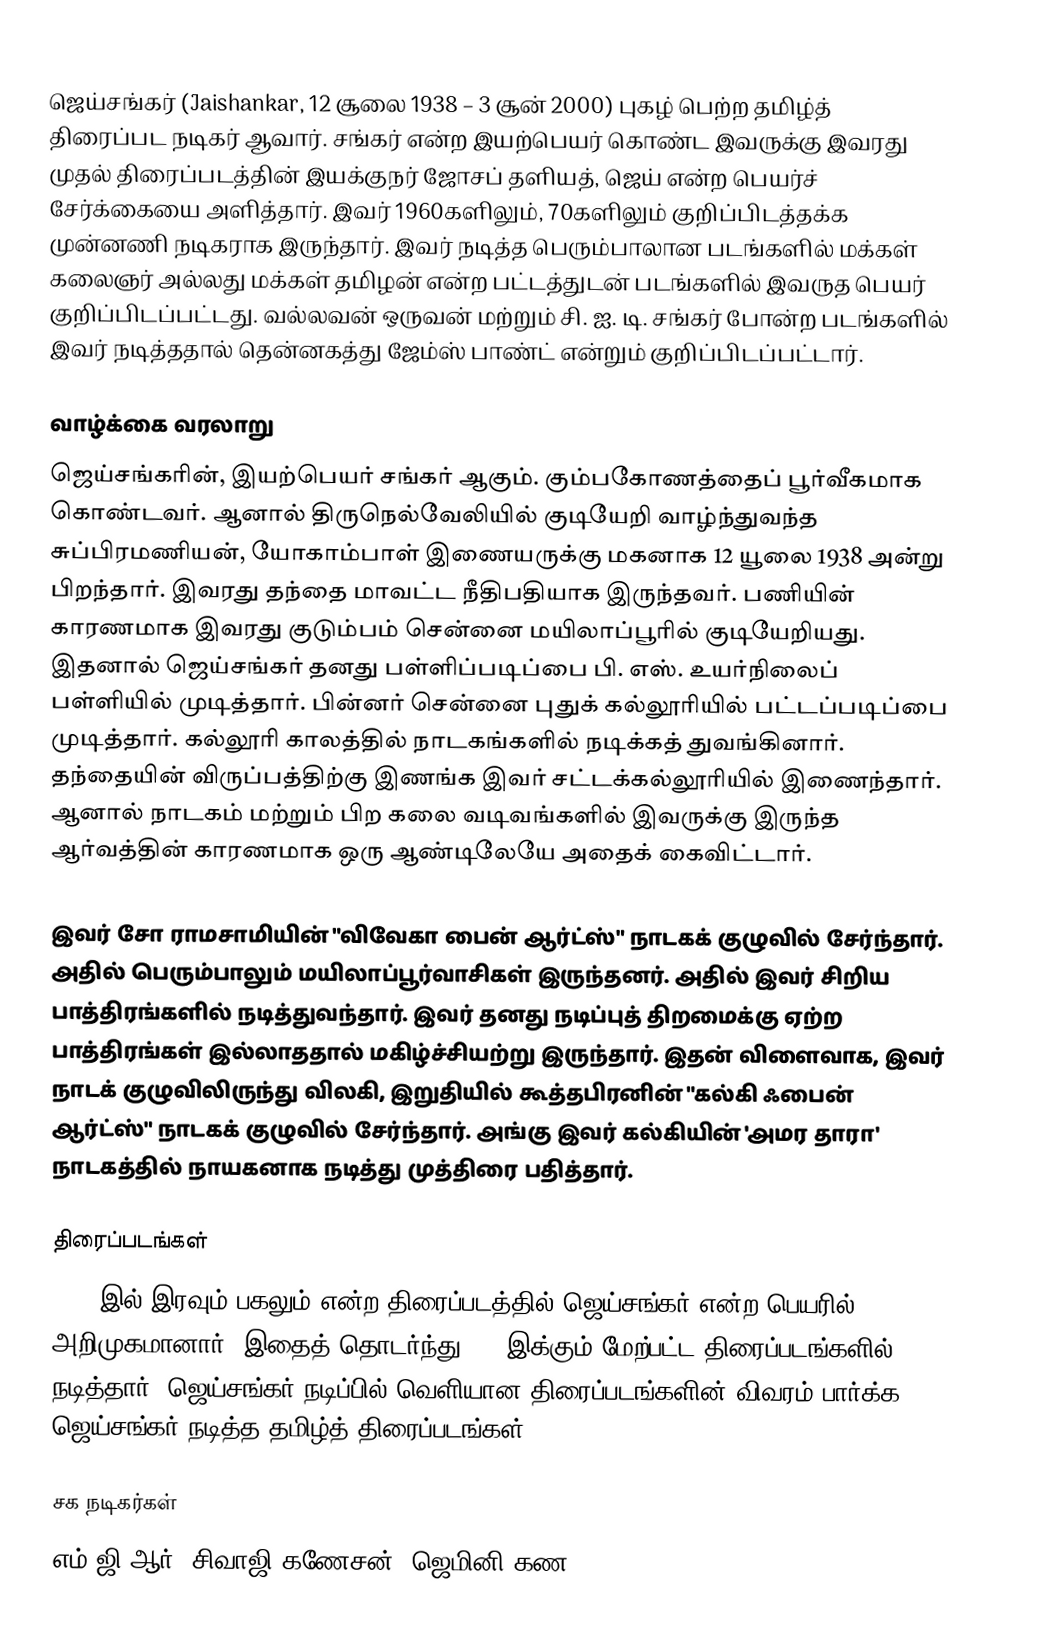
ஜெய்சங்கர் (Jaishankar, 12 சூலை 1938 – 3 சூன் 2000) புகழ் பெற்ற தமிழ்த் திரைப்பட நடிகர் ஆவார். சங்கர் என்ற இயற்பெயர் கொண்ட இவருக்கு இவரது முதல் திரைப்படத்தின் இயக்குநர் ஜோசப் தளியத், ஜெய் என்ற பெயர்ச் சேர்க்கையை அளித்தார். இவர் 1960களிலும், 70களிலும் குறிப்பிடத்தக்க முன்னணி நடிகராக இருந்தார். இவர் நடித்த பெரும்பாலான படங்களில் மக்கள் கலைஞர் அல்லது மக்கள் தமிழன் என்ற பட்டத்துடன் படங்களில் இவருத பெயர் குறிப்பிடப்பட்டது. வல்லவன் ஒருவன் மற்றும் சி. ஐ. டி. சங்கர் போன்ற படங்களில் இவர் நடித்ததால் தென்னகத்து ஜேம்ஸ் பாண்ட் என்றும் குறிப்பிடப்பட்டார்.

வாழ்க்கை வரலாறு
ஜெய்சங்கரின், இயற்பெயர் சங்கர் ஆகும். கும்பகோணத்தைப் பூர்வீகமாக கொண்டவர். ஆனால் திருநெல்வேலியில் குடியேறி வாழ்ந்துவந்த சுப்பிரமணியன், யோகாம்பாள் இணையருக்கு மகனாக  12 யூலை 1938 அன்று பிறந்தார்.  இவரது தந்தை மாவட்ட நீதிபதியாக இருந்தவர். பணியின் காரணமாக இவரது குடும்பம் சென்னை மயிலாப்பூரில் குடியேறியது. இதனால் ஜெய்சங்கர் தனது பள்ளிப்படிப்பை பி. எஸ். உயர்நிலைப் பள்ளியில் முடித்தார்.  பின்னர் சென்னை புதுக் கல்லூரியில் பட்டப்படிப்பை முடித்தார். கல்லூரி காலத்தில் நாடகங்களில் நடிக்கத் துவங்கினார். தந்தையின் விருப்பத்திற்கு இணங்க இவர் சட்டக்கல்லூரியில் இணைந்தார். ஆனால் நாடகம் மற்றும் பிற கலை வடிவங்களில் இவருக்கு இருந்த ஆர்வத்தின் காரணமாக ஒரு ஆண்டிலேயே அதைக் கைவிட்டார்.

இவர் சோ ராமசாமியின் "விவேகா பைன் ஆர்ட்ஸ்" நாடகக் குழுவில் சேர்ந்தார். அதில் பெரும்பாலும் மயிலாப்பூர்வாசிகள் இருந்தனர். அதில் இவர் சிறிய பாத்திரங்களில் நடித்துவந்தார். இவர் தனது நடிப்புத் திறமைக்கு ஏற்ற பாத்திரங்கள் இல்லாததால்  மகிழ்ச்சியற்று இருந்தார். இதன் விளைவாக, இவர் நாடக் குழுவிலிருந்து விலகி, இறுதியில் கூத்தபிரனின் "கல்கி ஃபைன் ஆர்ட்ஸ்" நாடகக் குழுவில் சேர்ந்தார். அங்கு இவர் கல்கியின் 'அமர தாரா' நாடகத்தில் நாயகனாக நடித்து முத்திரை பதித்தார்.

திரைப்படங்கள்
1965-இல் இரவும் பகலும் என்ற திரைப்படத்தில் ஜெய்சங்கர் என்ற பெயரில் அறிமுகமானார்.  இதைத் தொடர்ந்து 200-இக்கும் மேற்பட்ட திரைப்படங்களில் நடித்தார். ஜெய்சங்கர் நடிப்பில் வெளியான திரைப்படங்களின் விவரம் பார்க்க, ஜெய்சங்கர் நடித்த தமிழ்த் திரைப்படங்கள்

சக நடிகர்கள்
எம்.ஜி.ஆர், சிவாஜி கணேசன், ஜெமினி கண